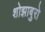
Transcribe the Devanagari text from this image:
शोझाबुरो